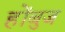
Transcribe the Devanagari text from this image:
होंबुज